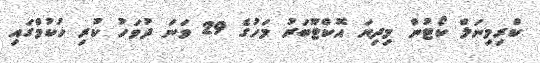
ކްރިމިނަލް ކޯޓުން މިދިޔަ އޮކްޓޫބަރު މަހުގެ 29 ވަނަ ދުވަހު ކުރި ހުކުމްގައި